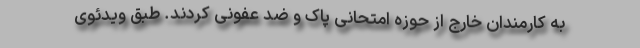
به کارمندان خارج از حوزه امتحانی پاک و ضد عفونی کردند. طبق ویدئوی